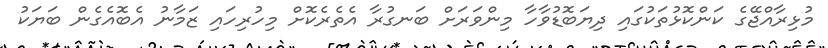
މުޅިރާއްޖޭގެ ކަންކޮޅުތަކުގައި ދިޔަބޮޑުވާހާ މިންވަރަށް ބަނގުރާ އެތެރެކޮށް މިހުރިހައި ޒަމާނު އެބޮއެގެން ބަޔަކު